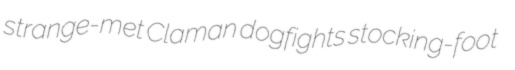
strange-met Claman dogfights stocking-foot